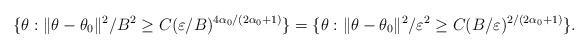
LaTeX: \begin{align*}&\{\theta: \|\theta-\theta_{0}\|^2 / B^2 \geq C (\varepsilon / B)^{4\alpha_{0}/(2\alpha_{0}+1)} \}=\{\theta: \|\theta-\theta_{0}\|^2 / \varepsilon^2 \geq C (B/\varepsilon)^{2/(2\alpha_{0}+1)} \}.\end{align*}